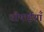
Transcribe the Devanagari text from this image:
चौपाईयाँ